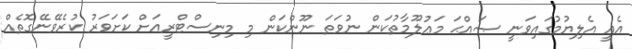
އެއީ އެލިޔުމުގައިވަނީ ޞައްޙަ މަޢުލޫމާތުކަން ނުވަތަ ނޫންކަން މި މިނިސްޓްރީއަށް ކަށަވަރު ކުރެވޭނޭގޮތެއް